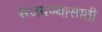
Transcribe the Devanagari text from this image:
सजवण्यासाठी